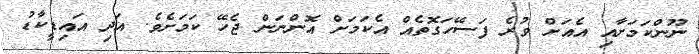
ނޫންކަމަށާއި އެއަށް ވުރެ ފަސޭހަގޮތެއް އެކަމަށް އޮންނަން ޖެހޭ ކަމަށެވެ. އަދި އައިޑީކާޑު